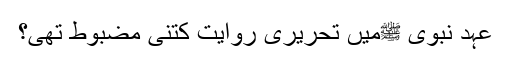
عہد نبوی ﷺمیں تحریری روایت کتنی مضبوط تھی؟